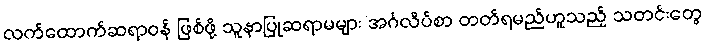
လက်ထောက်ဆရာဝန် ဖြစ်ဖို့ သူနာပြုဆရာမများ အင်္ဂလိပ်စာ တတ်ရမည်ဟူသည့် သတင်းတွေ